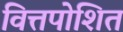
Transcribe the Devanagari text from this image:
वित्तपोशित